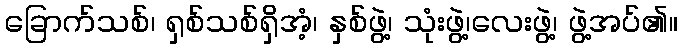
ခြောက်သစ်၊ ရှစ်သစ်ရှိအံ့၊ နှစ်ဖွဲ့၊ သုံးဖွဲ့၊လေးဖွဲ့၊ ဖွဲ့အပ်၏။